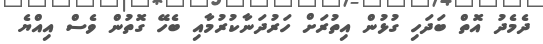
ދެމެދު އޮތް ބަދަހި ގުޅުން އިތުރަށް ހަރުދަނާކުރުމާއި ބެހޭ ގޮތުން ވެސް އިއްޔެ